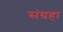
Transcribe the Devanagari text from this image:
संग्रहा